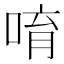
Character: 唷